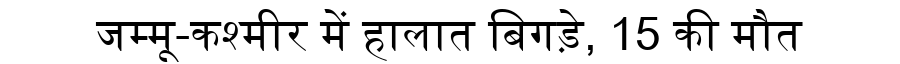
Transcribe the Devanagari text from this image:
जम्मू-कश्मीर में हालात बिगड़े, 15 की मौत